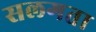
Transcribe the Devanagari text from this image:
सलगता